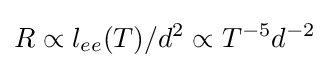
R\propto l_{ee}(T)/d^{2}\propto T^{-5}d^{-2}